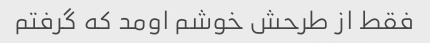
فقط از طرحش خوشم اومد که گرفتم